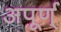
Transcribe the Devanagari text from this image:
अपूर्ण्‌